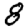
Digit: 8